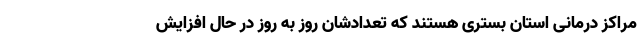
مراکز درمانی استان بستری هستند که تعدادشان روز به روز در حال افزایش